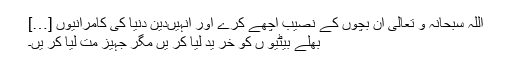
اللہ سبحانہ و تعالیٰ ان بچوں کے نصیب اچھے کرے اور انہیںدین دنیا کی کامرانیوں […]
بھلے بیٹیو ں کو خر ید لیا کر یں مگر جہیز مت لیا کر یں۔